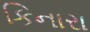
કિનારા